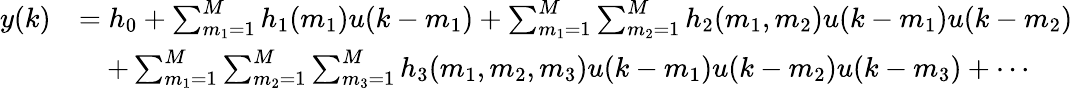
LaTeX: {\begin{array}{rl}{y(k)}&{=h_{0}+\sum_{m_{1}=1}^{M}h_{1}(m_{1})u(k-m_{1})+\sum_{m_{1}=1}^{M}\sum_{m_{2}=1}^{M}h_{2}(m_{1},m_{2})u(k-m_{1})u(k-m_{2})}\\ &{\quad+\sum_{m_{1}=1}^{M}\sum_{m_{2}=1}^{M}\sum_{m_{3}=1}^{M}h_{3}(m_{1},m_{2},m_{3})u(k-m_{1})u(k-m_{2})u(k-m_{3})+\cdots}\end{array}}